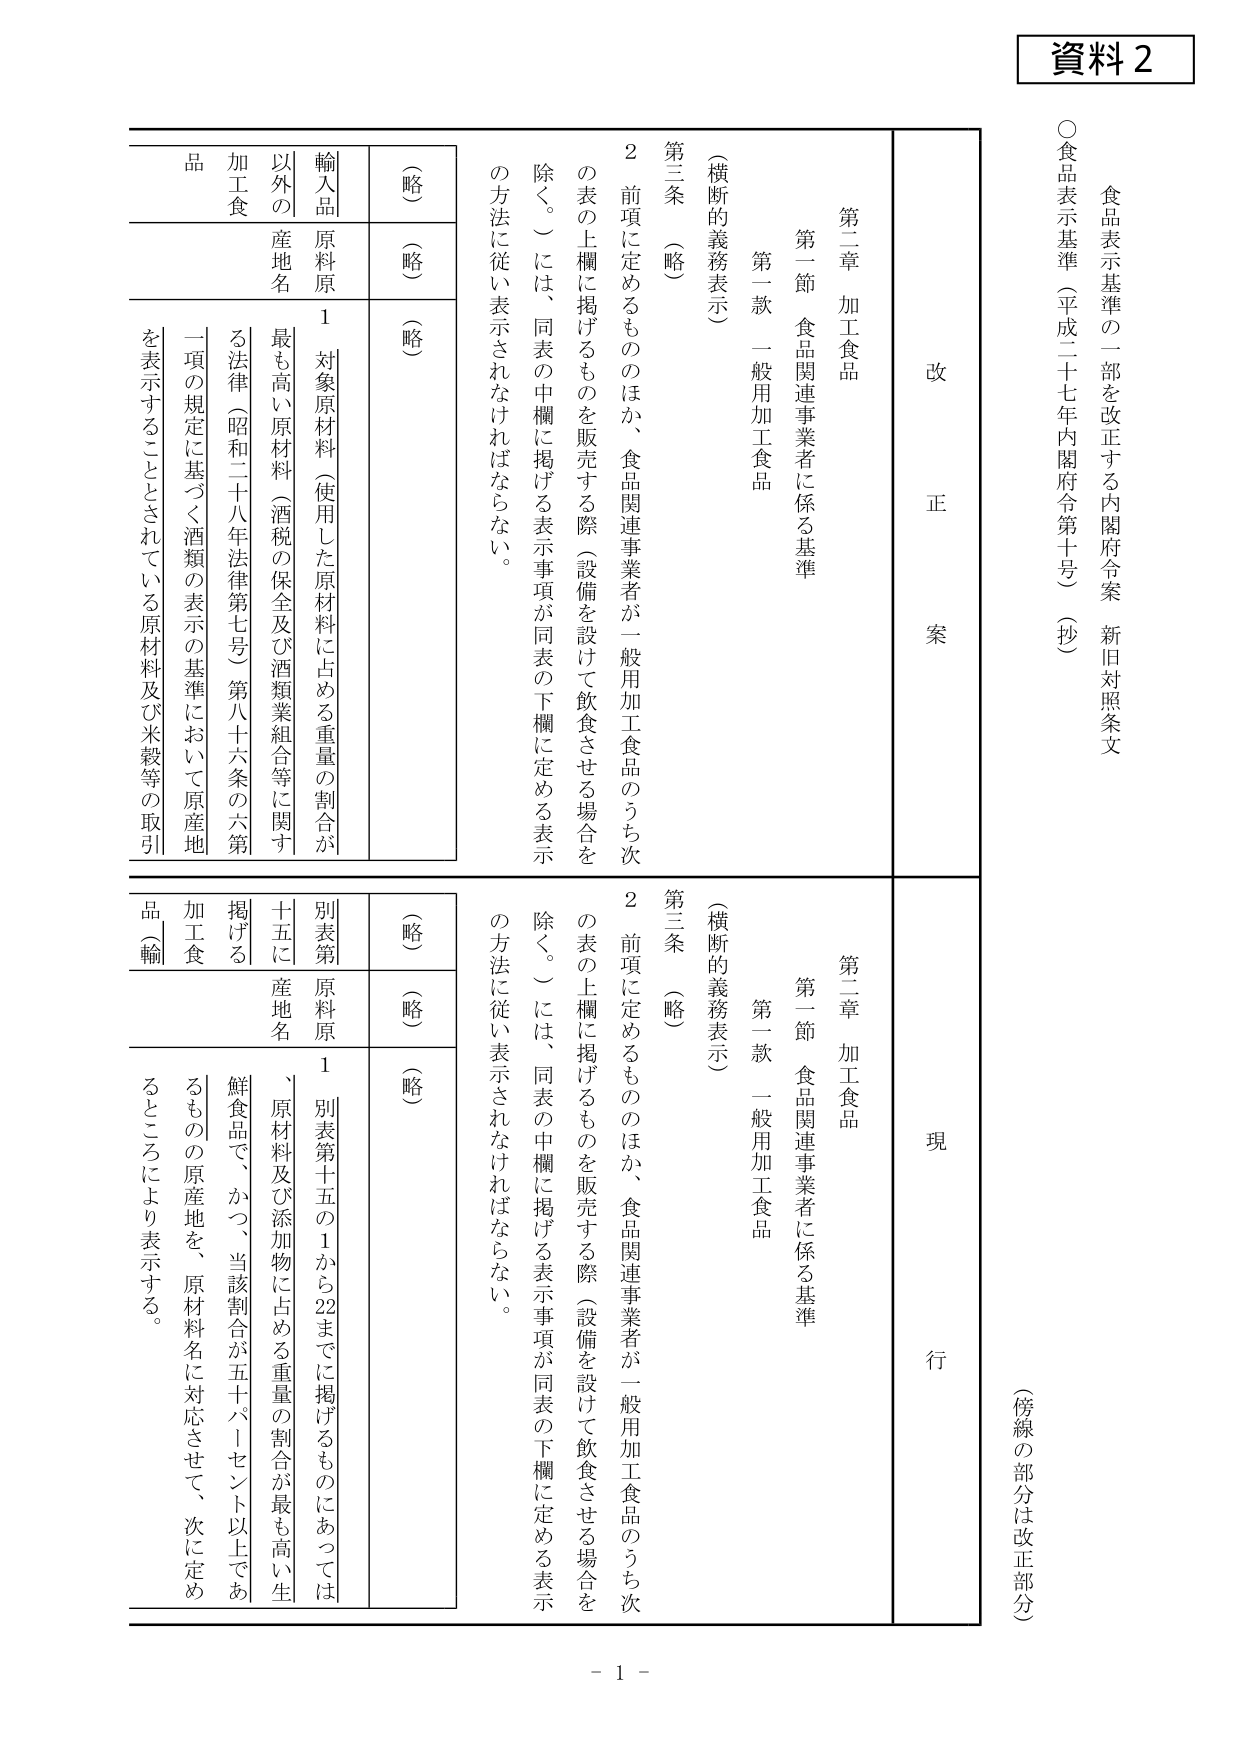
資料２

食品表示基準の一部を改正する内閣府令案 新旧対照条文
○食品表示基準（平成二七年内閣府令第十号）（抄）
（傍線の部分は改正部分）

改 正 案

第二章 加工食品
第一節 食品関連事業者に係る基準
第一款 一般用加工食品
（横断的義務表示）
第三条 （略）
２ 前項に定めるもののほか、食品関連事業者が一般用加工食品のうち次の表の上欄に掲げるものを販売する際（設備を設けて飲食させる場合を除く。）には、同表の中欄に掲げる表示事項が同表の下欄に定める表示の方法に従い表示されなければならない。

（略）
（略）
（略）

輸入品
原材料
以外の
産地名
加工食品

1 対象原材料（使用した原材料に占める重量の割合が最も高い原材料（酒税の保全及び酒類業組合等に関する法律（昭和二十八年法律第七号）第八十六条の六第一項の規定に基づく酒類の表示の基準において原産地を表示することとされている原材料及び米穀等の取引

現 行

第二章 加工食品
第一節 食品関連事業者に係る基準
第一款 一般用加工食品
（横断的義務表示）
第三条 （略）
２ 前項に定めるもののほか、食品関連事業者が一般用加工食品のうち次の表の上欄に掲げるものを販売する際（設備を設けて飲食させる場合を除く。）には、同表の中欄に掲げる表示事項が同表の下欄に定める表示の方法に従い表示されなければならない。

（略）
（略）
（略）

別表第十五に掲げる
原材料
産地名
加工食品（輸

1 別表第十五の1から22までに掲げるものについては、原材料及び添加物に占める重量の割合が最も高い生鮮食品で、かつ、当該割合が五十パーセント以上であるものの原産地を、原材料名に対応させて、次に定めるところにより表示する。

- 1 -